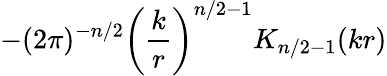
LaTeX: -(2\pi)^{-n/2}\left({\frac{k}{r}}\right)^{n/2-1}K_{n/2-1}(kr)